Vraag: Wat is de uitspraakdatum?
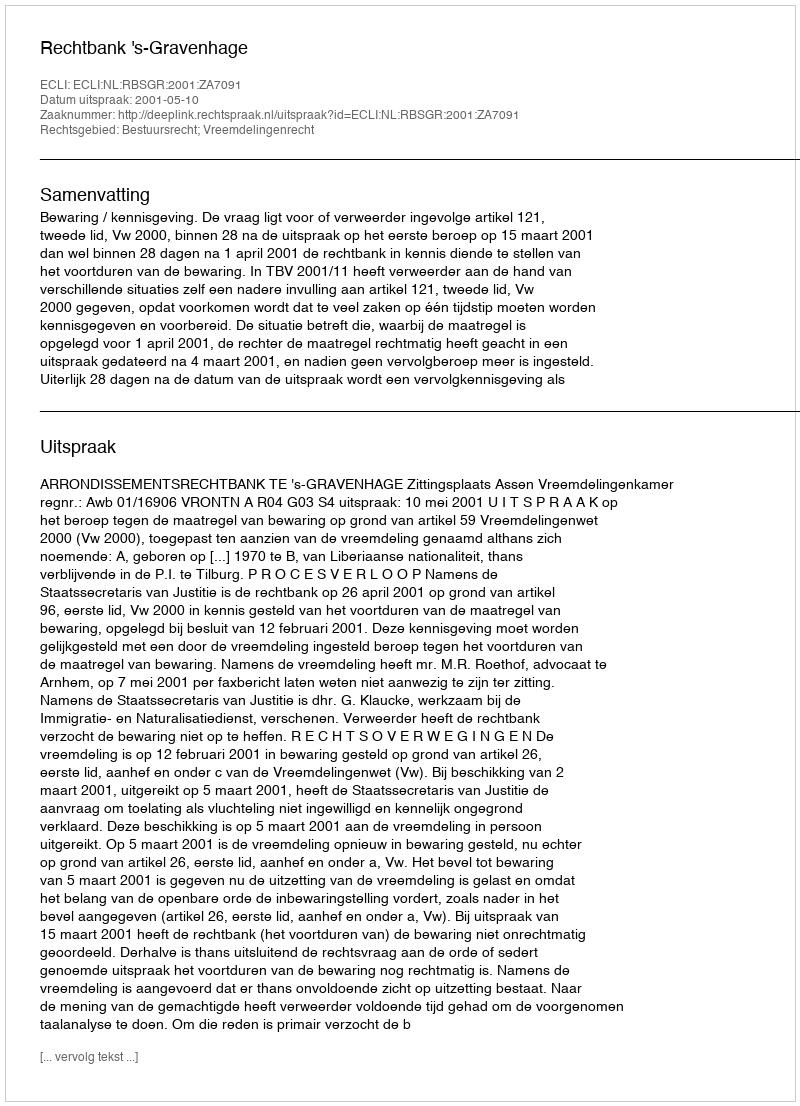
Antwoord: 2001-05-10